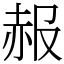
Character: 赧